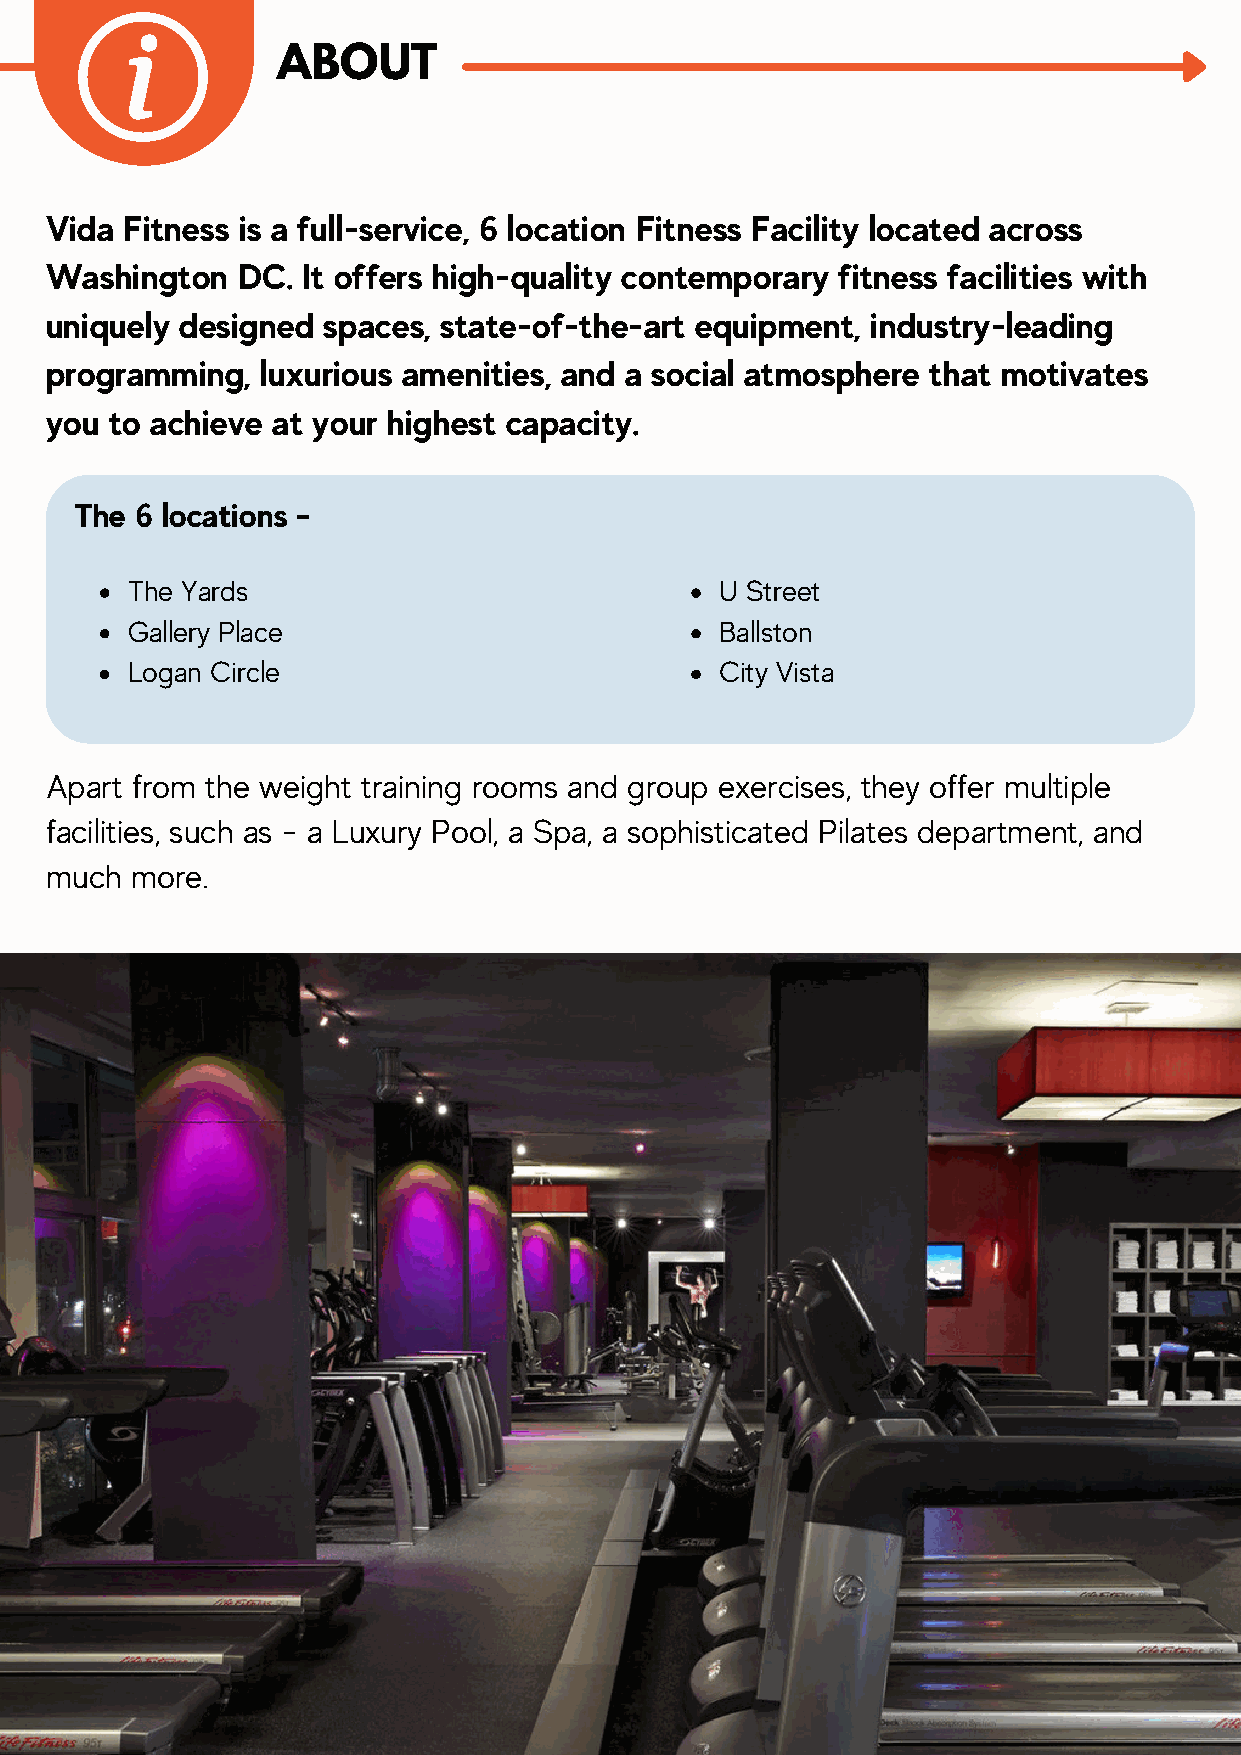
ABOUT
 Vida Fitness is a full-service, 6 location Fitness Facility located across
 Washington   DC. It offers high-quality contemporary fitness facilities with
 uniquely designed spaces, state-of-the-art equipment,  industry-leading
 programming,  luxurious amenities, and a social atmosphere that motivates
 you to achieve at your highest capacity.
 The 6 locations -
 The Yards                               U Street
 Gallery Place                           Ballston
 Logan Circle                            City Vista
 Apart from the weight training rooms and group exercises, they offer multiple
 facilities, such as - a Luxury Pool, a Spa, a sophisticated Pilates department, and
 much  more.